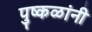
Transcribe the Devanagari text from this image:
पुष्कळांनी